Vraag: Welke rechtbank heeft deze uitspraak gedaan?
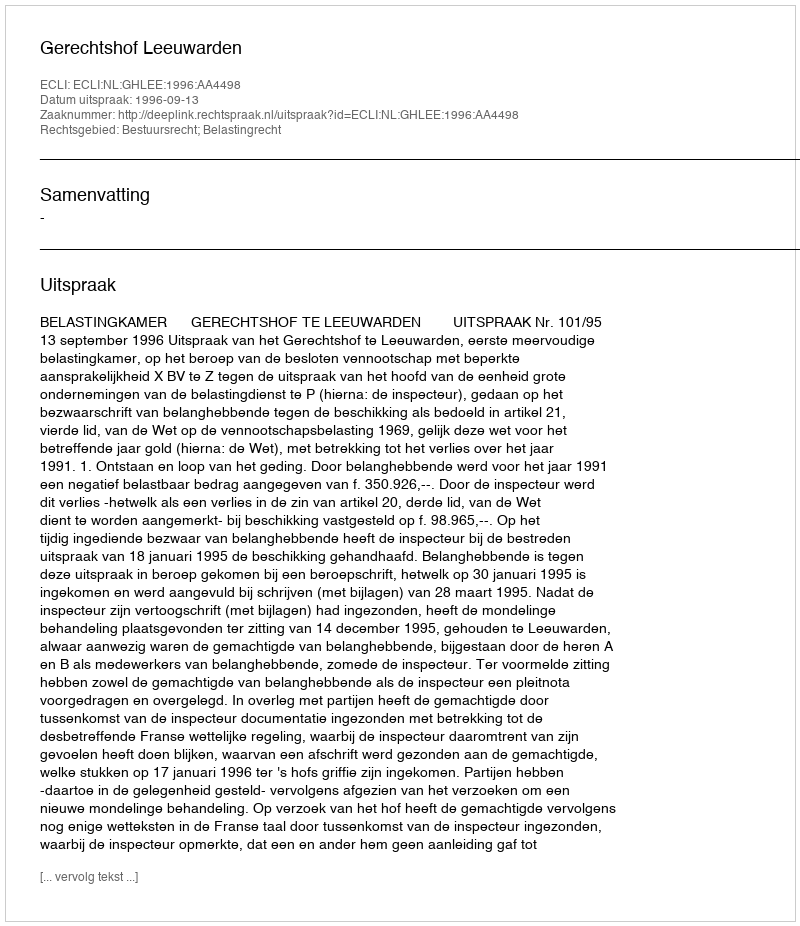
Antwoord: Gerechtshof Leeuwarden